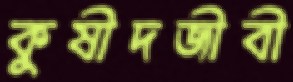
কুষীদজীবী